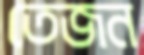
তেজন